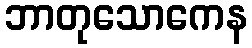
ဘာတုသောကေန